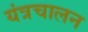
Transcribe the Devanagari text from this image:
यंत्रचालन